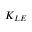
K _ { L E }